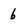
Character: 6